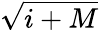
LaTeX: \sqrt{i+M}